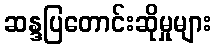
ဆန္ဒပြတောင်းဆိုမှုများ